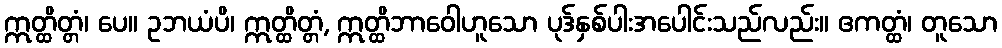
ဣတ္ထိတ္တံ၊ ပေ။ ဥဘယံပိ၊ ဣတ္ထိတ္တံ, ဣတ္ထိဘာဝေါဟူသော ပုဒ်နှစ်ပါးအပေါင်းသည်လည်း။ ဧကတ္ထံ၊ တူသော